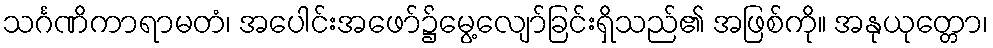
သင်္ဂဏိကာရာမတံ၊ အပေါင်းအဖော်၌မွေ့လျော်ခြင်းရှိသည်၏ အဖြစ်ကို။ အနုယုတ္တော၊